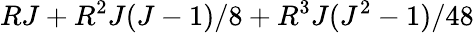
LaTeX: RJ+R^{2}J(J-1)/8+R^{3}J(J^{2}-1)/48